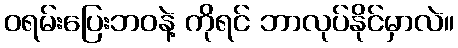
ဝရမ်းပြေးဘဝနဲ့ ကိုရင် ဘာလုပ်နိုင်မှာလဲ။